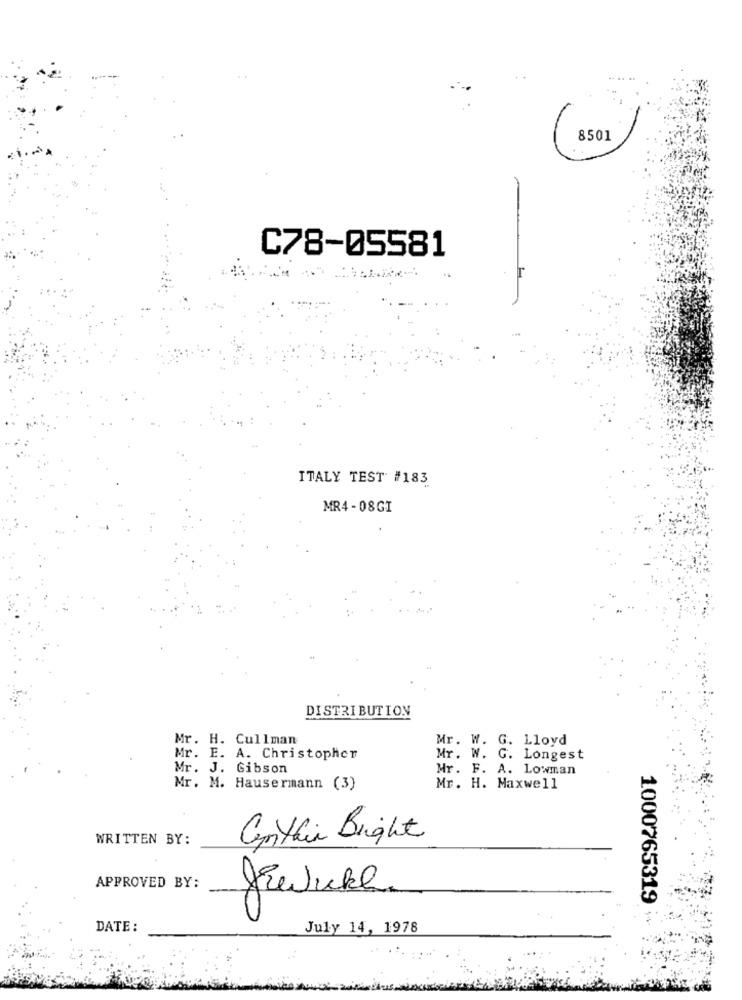
8501
C78-05581
ITALY TEST #183
MR4- 08GI
DISTRIBUTION
Mr. H. Cullman
Mr. W. G. Lloyd
Mr. E. A. Christopher
Mr. W. G. Longest
Mr. J. Gibson
Mr. F. A. Lowman
Mr. M. Hausermann (3)
Mr. H. Maxwell
WRITTEN BY:
Canthin Bright
APPROVED BY:
1000765319
DATE:
July 14, 1978